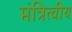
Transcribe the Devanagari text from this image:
मंत्रित्वीय